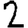
Digit: 2